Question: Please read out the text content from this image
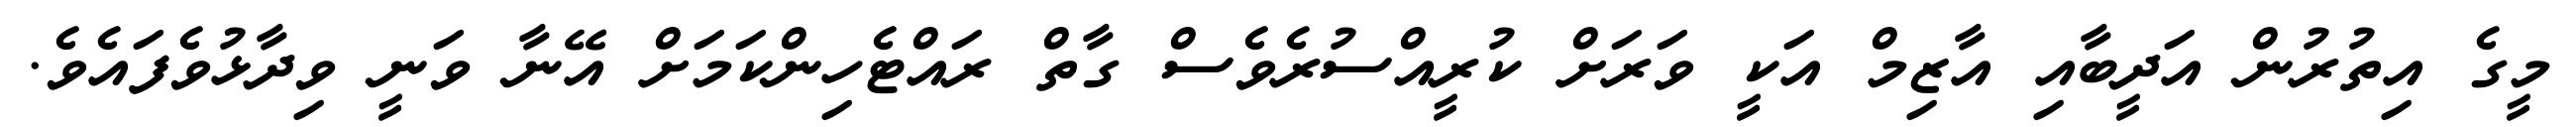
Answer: މީގެ އިތުރުން އަދީބާއި އާޒިމް އަކީ ވަރަށް ކުރީއްސުރެވެސް ގާތް ރައްޓެހިންކަމަށް އޭނާ ވަނީ ވިދާޅުވެފައެވެ.